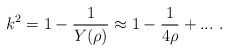
\begin{align*}k^2=1-\frac{1}{Y(\rho)}\approx1-\frac{1}{4\rho}+... ~.\end{align*}